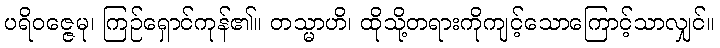
ပရိဝဇ္ဇေမု၊ ကြဉ်ရှောင်ကုန်၏။ တသ္မာဟိ၊ ထိုသို့တရားကိုကျင့်သောကြောင့်သာလျှင်။